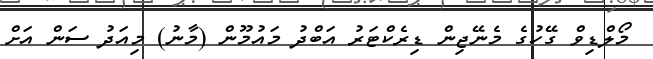
މޯލްޑިވް ގޭހުގެ މެނޭޖިން ޑިރެކްޓަރު އަބްދު މައުމޫން (މާނު) މިއަދު ސަން އަށް